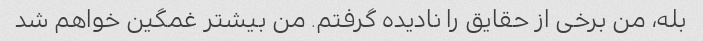
بله، من برخی از حقایق را نادیده گرفتم. من بیشتر غمگین خواهم شد